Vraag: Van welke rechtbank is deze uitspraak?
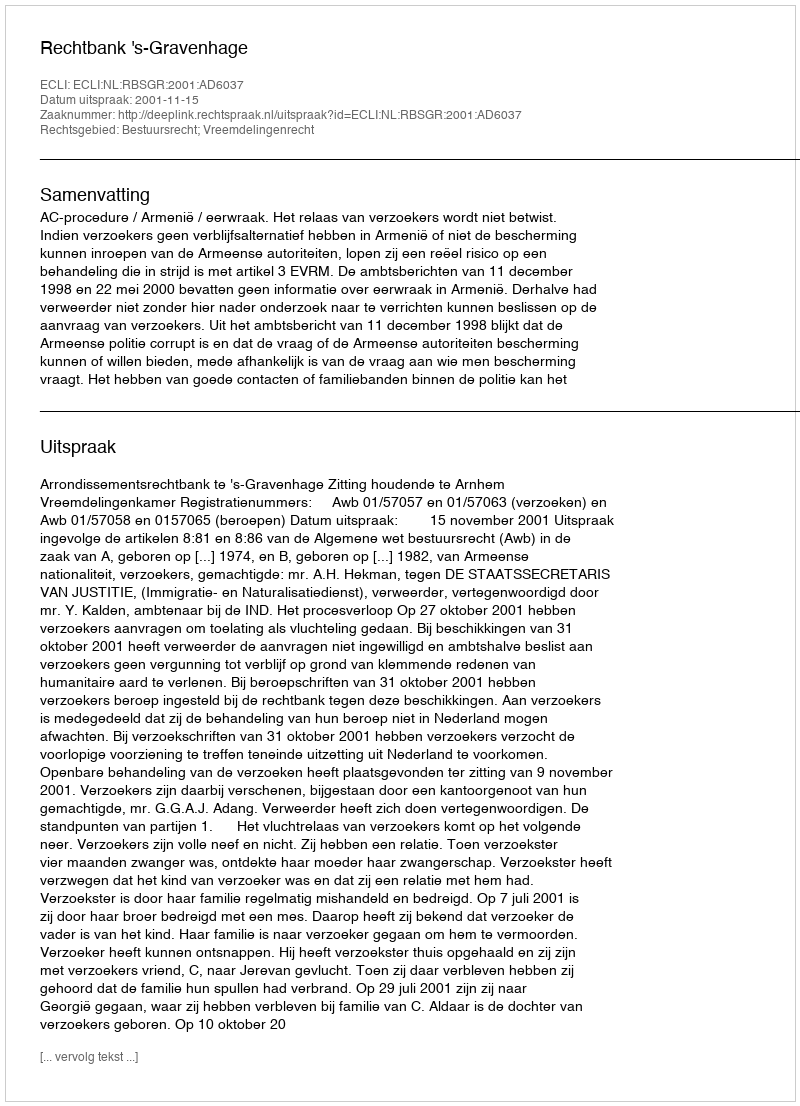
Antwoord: Rechtbank 's-Gravenhage